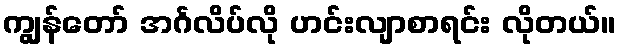
ကျွန်တော် အင်္ဂလိပ်လို ဟင်းလျာစာရင်း လိုတယ်။